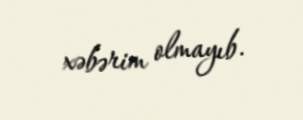
xəbərim olmayıb.